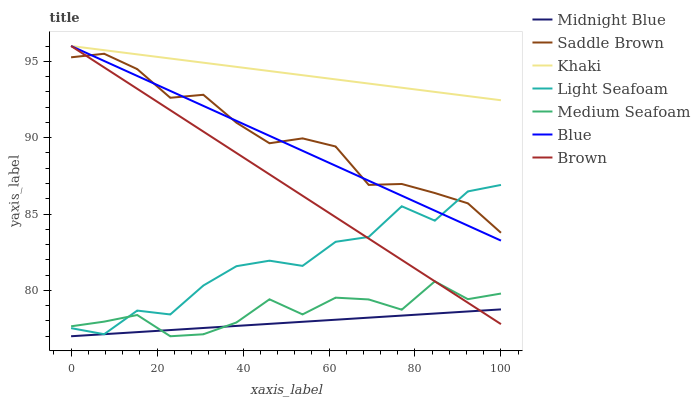
| xaxis_label | Midnight Blue | Saddle Brown | Khaki | Light Seafoam | Medium Seafoam | Blue | Brown |
 | --- | --- | --- | --- | --- | --- | --- | --- |
 | 0 | 77 | 95.3 | 96 | 77.5 | 77.7 | 96 | 96 |
 | 7.69 | 77.1 | 95.5 | 95.7 | 77.1 | 78 | 95 | 94.6 |
 | 15.4 | 77.3 | 94.5 | 95.5 | 78.7 | 78.4 | 94 | 93.2 |
 | 23.1 | 77.4 | 92.6 | 95.2 | 78.4 | 77 | 93.1 | 91.8 |
 | 30.8 | 77.5 | 92.8 | 94.9 | 80.3 | 77.1 | 92.1 | 90.4 |
 | 38.5 | 77.7 | 91 | 94.6 | 81.6 | 77.9 | 91.1 | 89 |
 | 46.2 | 77.8 | 89.6 | 94.4 | 81.9 | 79.4 | 90.1 | 87.6 |
 | 53.8 | 77.9 | 90 | 94.1 | 81.6 | 78.4 | 89.1 | 86.2 |
 | 61.5 | 78.1 | 89.4 | 93.8 | 83.2 | 79.5 | 88.2 | 84.8 |
 | 69.2 | 78.2 | 86.9 | 93.5 | 83.5 | 79.4 | 87.2 | 83.4 |
 | 76.9 | 78.4 | 87 | 93.3 | 85.5 | 78.7 | 86.2 | 82 |
 | 84.6 | 78.5 | 86.4 | 93 | 84.6 | 80.6 | 85.2 | 80.6 |
 | 92.3 | 78.6 | 85.7 | 92.7 | 86.5 | 79.4 | 84.2 | 79.2 |
 | 100 | 78.8 | 83.8 | 92.4 | 86.9 | 79.8 | 83.3 | 77.8 |